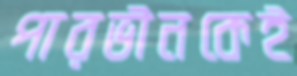
পারভীনকেই